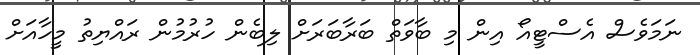
ނަމަވެސް އެސްޓީއޯ އިން މި ބާވަތް ބަރާބަރަށް ލިބެން ހުރުމުން ރައްޔިތު މީހާއަށް